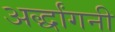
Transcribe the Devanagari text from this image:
अर्द्धांगनी